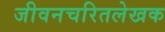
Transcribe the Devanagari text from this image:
जीवनचरितलेखक